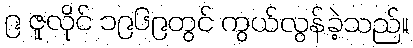
၉ ဇူလိုင် ၁၉၆၉တွင် ကွယ်လွန်ခဲ့သည်။